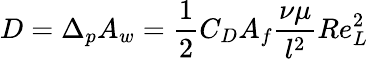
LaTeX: D=\Delta_{p}A_{w}={\frac{1}{2}}C_{D}A_{f}{\frac{\nu\mu}{l^{2}}}Re_{L}^{2}